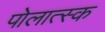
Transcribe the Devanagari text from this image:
पोलात्स्क